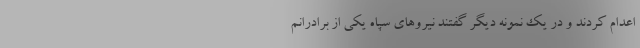
اعدام کردند و در یک نمونه دیگر گفتند نیرو‌های سپاه یکی از برادرانم